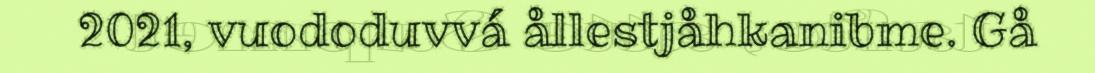
2021, vuododuvvá ållestjåhkanibme. Gå